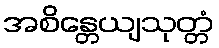
အစိန္တေယျသုတ္တံ